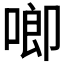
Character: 𪡙